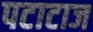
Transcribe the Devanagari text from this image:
पटाटाज